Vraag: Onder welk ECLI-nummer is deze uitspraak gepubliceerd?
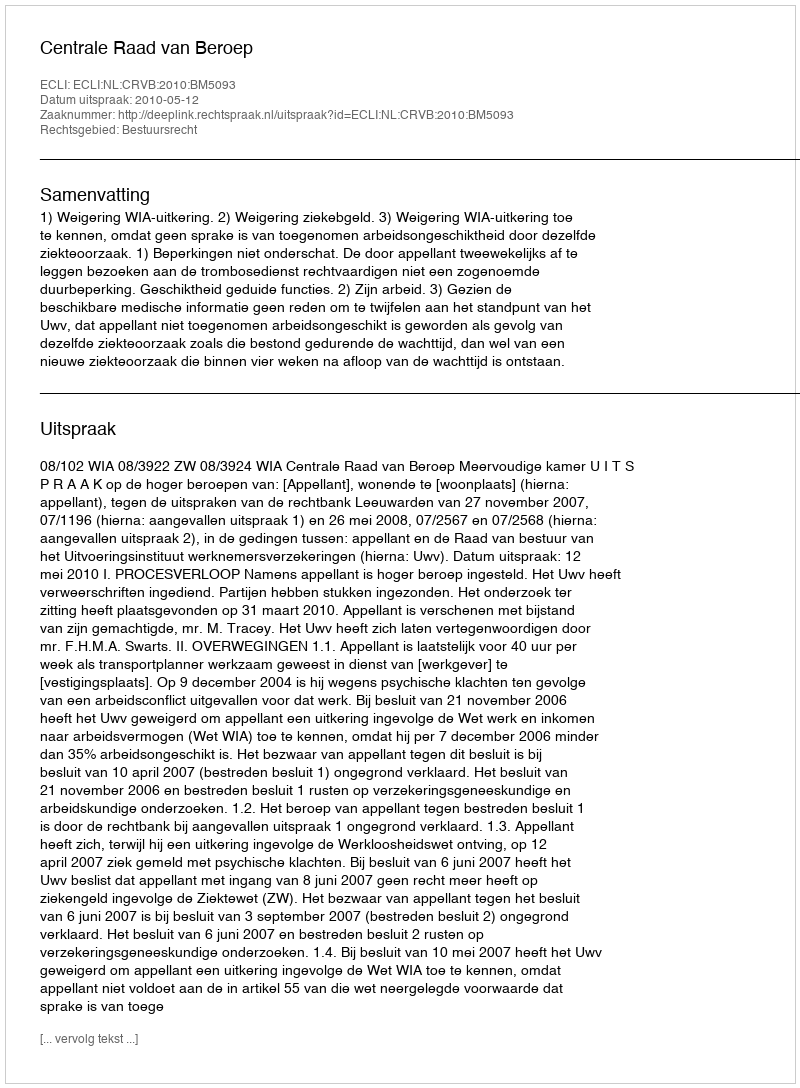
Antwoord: ECLI:NL:CRVB:2010:BM5093